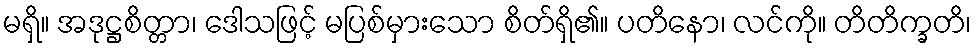
မရှိ။ အဒုဋ္ဌစိတ္တာ၊ ဒေါသဖြင့် မပြစ်မှားသော စိတ်ရှိ၏။ ပတိနော၊ လင်ကို။ တိတိက္ခတိ၊